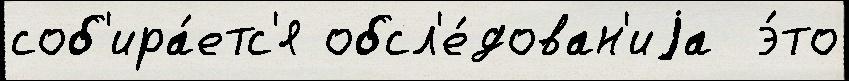
соб'ира́етс'я обсл'е́дован'иjа  э́то